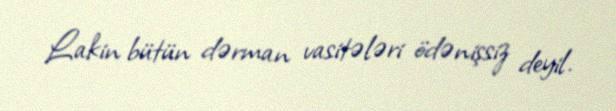
Lakin bütün dərman vasitələri ödənişsiz deyil.